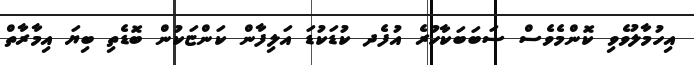
އިހުމާލުވެވި ކޮންމެވެސް ސަބަބަކާހުރެ އުފެދ ކުޑަކުޑަ އަލިފާން ކަންޏަކުން ބޮޑެތި ބިޔަ އިމާރާތް